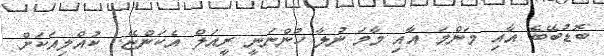
ބޮޑުބޭބެ އާއި މަންމަ އާއި މާމަ ނުލާ ހުންނަނީ ރީއަލް އެކަންޏޭ.. ކުއްލިއަކަށް